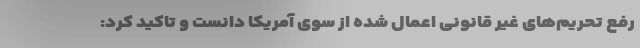
رفع تحریم‌های غیر قانونی اعمال شده از سوی آمریکا دانست و تاکید کرد: